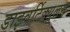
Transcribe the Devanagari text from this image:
डाइवर्टिक्युलम